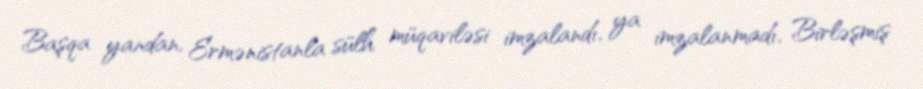
Başqa yandan, Ermənistanla sülh müqaviləsi imzalandı, ya imzalanmadı, Birləşmiş